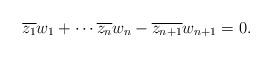
LaTeX: \begin{align*} \overline{z_1} w_1+ \cdots \overline{z_n} w_n- \overline{z_{n+1}} w_{n+1} =0.\end{align*}